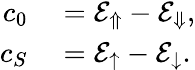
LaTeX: \begin{array}{rl}{c_{0}}&{{}=\mathcal{E}_{\Uparrow}-\mathcal{E}_{\Downarrow},}\\ {c_{S}}&{{}=\mathcal{E}_{\uparrow}-\mathcal{E}_{\downarrow}.}\end{array}